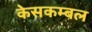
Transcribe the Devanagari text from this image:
केसकम्बल